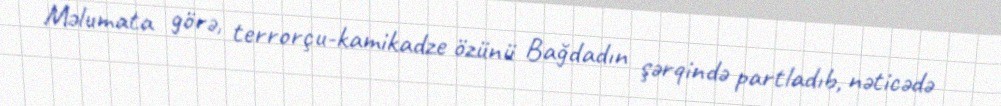
Məlumata görə, terrorçu-kamikadze özünü Bağdadın şərqində partladıb, nəticədə